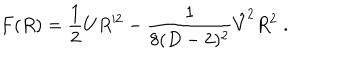
LaTeX: F ( R ) = { \frac { 1 } { 2 } } U R ^ { 2 } - { \frac { 1 } { 8 ( D - 2 ) ^ { 2 } } } \hat { V } ^ { 2 } R ^ { 2 } \; .